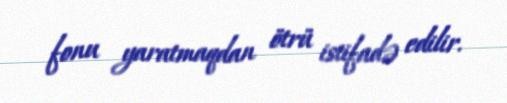
fonu yaratmaqdan ötrü istifadə edilir.